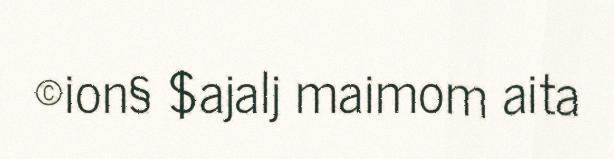
©ion§ $ajalj maimom aita